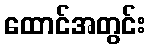
ထောင်အတွင်း